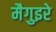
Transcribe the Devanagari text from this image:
मैगुइरे